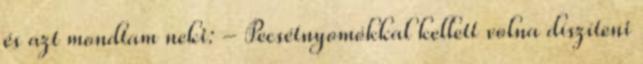
és azt mondtam neki: - Pecsétnyomókkal kellett volna díszíteni